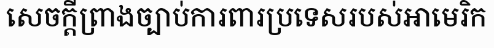
សេចក្តីព្រាងច្បាប់ការពារប្រទេសរបស់អាមេរិក